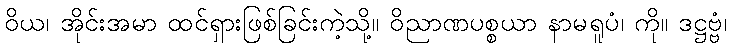
ဝိယ၊ အိုင်းအမာ ထင်ရှားဖြစ်ခြင်းကဲ့သို့။ ဝိညာဏပစ္စယာ နာမရူပံ၊ ကို။ ဒဋ္ဌဗ္ဗံ၊